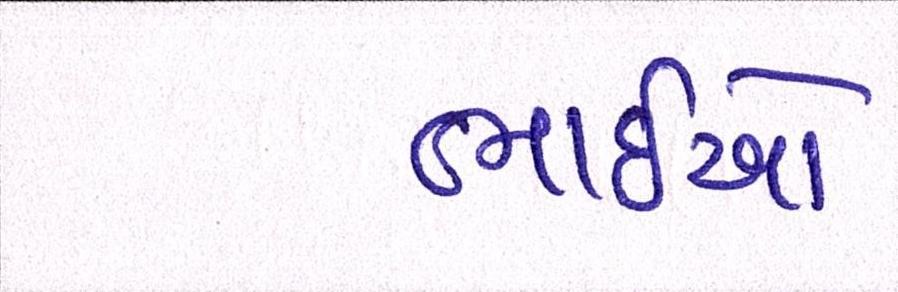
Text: ભાઈઓ